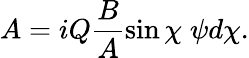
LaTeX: A=iQ\frac{B}{A}\sin\chi\; \psi d\chi.